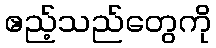
ဧည့်သည်တွေကို